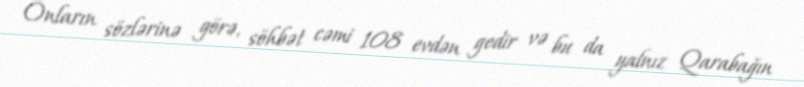
Onların sözlərinə görə, söhbət cəmi 108 evdən gedir və bu da yalnız Qarabağın